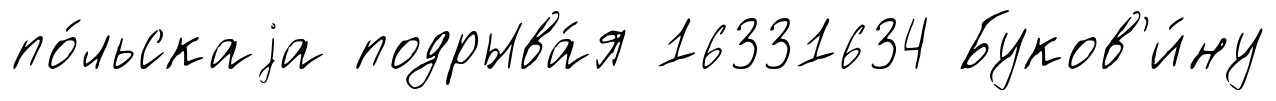
по́льскаjа подрыва́я 16331634 Буков'и́ну